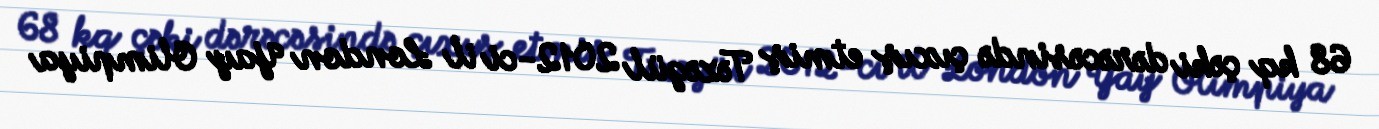
68 kq çəki dərəcəsində çıxış etmiş Təzəgül 2012-ci il London Yay Olimpiya